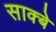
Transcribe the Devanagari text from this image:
साक्बे